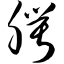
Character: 腭